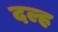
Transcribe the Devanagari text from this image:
दल्ह